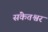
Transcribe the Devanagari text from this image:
संकेतश्वर